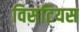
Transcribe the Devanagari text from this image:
विसंटियस